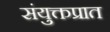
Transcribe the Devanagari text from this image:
संयुक्तप्रात